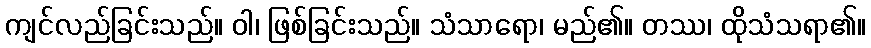
ကျင်လည်ခြင်းသည်။ ဝါ၊ ဖြစ်ခြင်းသည်။ သံသာရော၊ မည်၏။ တဿ၊ ထိုသံသရာ၏။